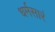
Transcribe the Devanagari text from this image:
धर्मसारं